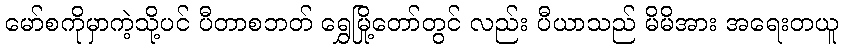
မော်စကိုမှာကဲ့သို့ပင် ပီတာစဘတ် ရွှေမြို့တော်တွင် လည်း ပီယာသည် မိမိအား အရေးတယူ